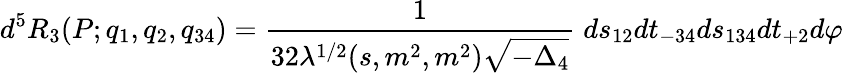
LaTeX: d^{5}R_{3}(P;q_{1},q_{2},q_{34})={\frac{1}{32\lambda^{1/2}(s,m^{2},m^{2})\sqrt{-\Delta_{4}}}}\; ds_{12}dt_{-34}ds_{134}dt_{+2}d\varphi